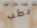
رطب